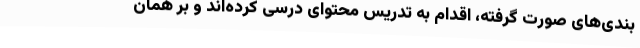
بندی‌های صورت گرفته، اقدام به تدریس محتوای درسی کرده‌اند و بر همان